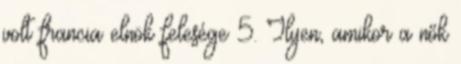
volt francia elnök felesége 5. Ilyen, amikor a nők